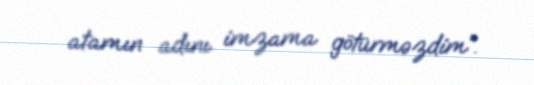
atamın adını imzama götürməzdim”.